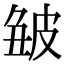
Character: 𤿥